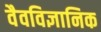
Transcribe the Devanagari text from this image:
वैवविज्ञानिक